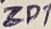
Text: ZD1